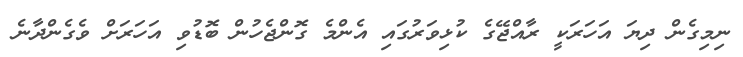
ނިމިގެން ދިޔަ އަހަރަކީ ރާއްޖޭގެ ކުޅިވަރުގައި އެންމެ ގޮންޖެހުން ބޮޑުވި އަހަރަށް ވެގެންދާނެ